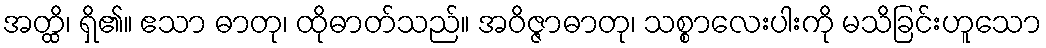
အတ္ထိ၊ ရှိ၏။ ဧသာ ဓာတု၊ ထိုဓာတ်သည်။ အဝိဇ္ဇာဓာတု၊ သစ္စာလေးပါးကို မသိခြင်းဟူသော